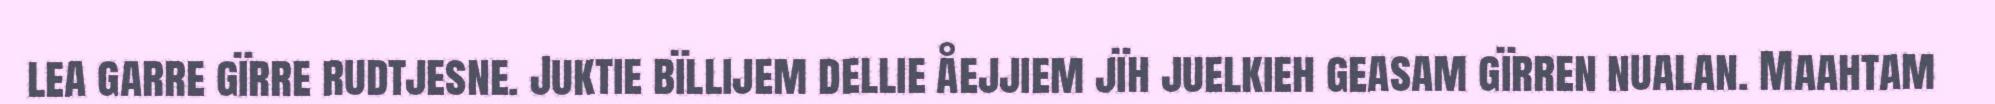
lea garre gïrre rudtjesne. Juktie bïllijem dellie åejjiem jïh juelkieh geasam gïrren nualan. Maahtam